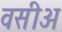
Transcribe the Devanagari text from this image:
वसीअ